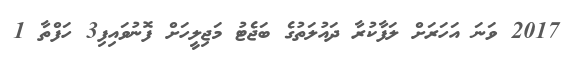
2017 ވަނަ އަހަރަށް ލަފާކުރާ ދައުލަތުގެ ބަޖެޓު މަޖިލީހަށް ފޮނުވައިފި3 ހަފްތާ 1